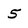
Character: 5